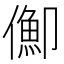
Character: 𠏣